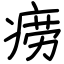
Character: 痨